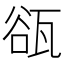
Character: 𤭏